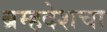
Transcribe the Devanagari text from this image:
ब्रम्हदेशचा